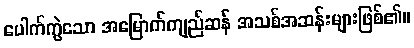
ပေါက်ကွဲသော အမြောက်ကျည်ဆန် အသစ်အဆန်းများဖြစ်၏။